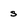
Character: s